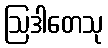
ဩဒါတေသု